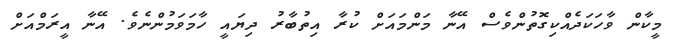
މީކާން ވާހަކަދެއްކިގޮތުންވެސް އޭނާ މަންމައަށް ކުރާ އިތުބާރު ދިޔައީ ހާމަވަމުންނެވެ. އޭނާ އީރަމްއަށް